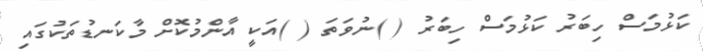
ކަޅުމަސް ހިބަރު ކަޅުމަސް ހިބަރު ( )ނުވަތަ ( )އަކީ އާންމުކޮށް މާކަނޑުތަކުގައި